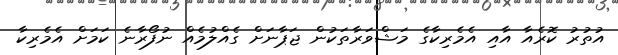
އުތުރު ކޮރެއާ އާއި އެމެރިކާގެ މަޝްވަރާތަކުން ޖަޕާނަށް ގެއްލުމެއް ނުފޯރާނެ ކަމަށް އެމެރިކާ